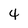
Character: 4